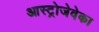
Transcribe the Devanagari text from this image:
आस्ट्रोजेवेका